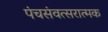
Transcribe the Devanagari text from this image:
पंचसंवत्सरात्मक